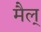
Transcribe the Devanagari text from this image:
मैल्